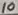
Text: 10